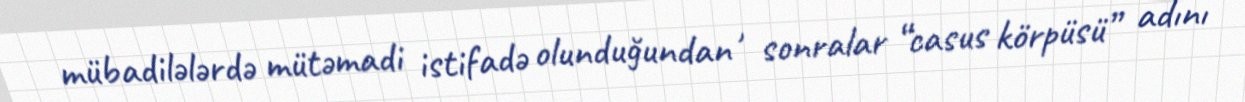
mübadilələrdə mütəmadi istifadə olunduğundan , sonralar “casus körpüsü” adını